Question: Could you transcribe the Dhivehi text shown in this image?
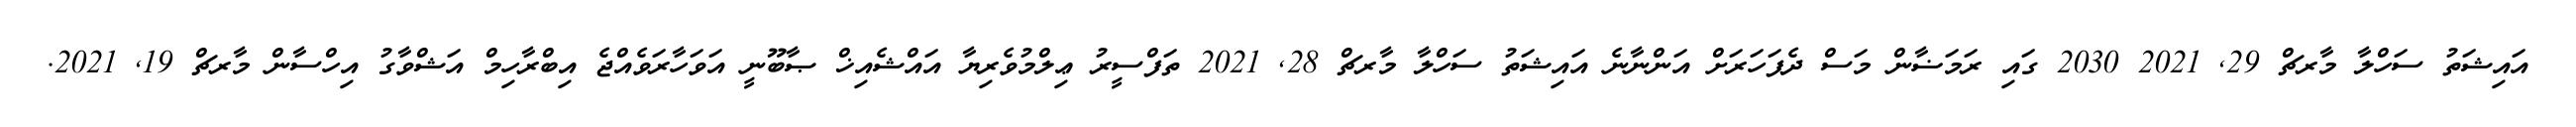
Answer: އައިޝަތު ސަހްލާ މާރޗް 29, 2021 2030 ގައި ރަމަޟާން މަސް ދެފަހަރަށް އަންނާނެ އައިޝަތު ސަހްލާ މާރޗް 28, 2021 ތަފްސީރު ޢިލްމުވެރިޔާ އައްޝެއިޚް ޞާބޫނީ އަވަހާރަވެއްޖެ އިބްރާހިމް އަޝްވާގު އިހްސާން މާރޗް 19, 2021.